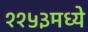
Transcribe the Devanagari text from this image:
११५३मध्ये